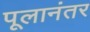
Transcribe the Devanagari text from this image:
पूलानंतर